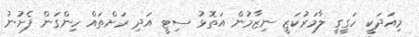
މިއަދަކީ ހަގީގީ ލާމަރުކަޒީ ނިޒާމުން އަތޮޅު ސިޓީ އަދި ރަށްތައް ހިންގަން ފެށުނު